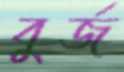
বুর্জ